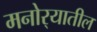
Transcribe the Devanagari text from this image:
मनोर्‍यातील